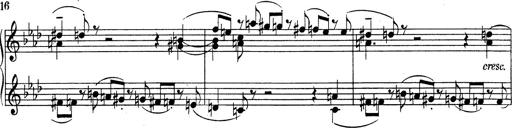
Title: Variationen Ã¼ber das Motiv von Bach
Composer: Franz Liszt